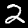
Digit: 2